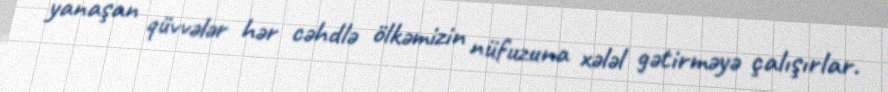
yanaşan qüvvələr hər cəhdlə ölkəmizin nüfuzuna xələl gətirməyə çalışırlar.